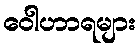
ဝေါဟာရများ